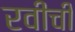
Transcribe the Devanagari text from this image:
रवीची